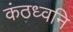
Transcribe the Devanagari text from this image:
कंठध्वनि